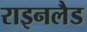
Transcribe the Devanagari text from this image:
राइनलैड